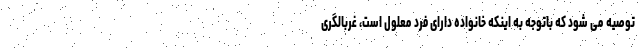
توصیه می شود که باتوجه به اینکه خانواده دارای فرد معلول است، غربالگری